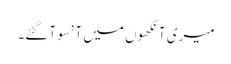
میری آنکھوں میں آنسو آگئے۔